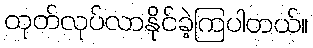
ထုတ်လုပ်လာနိုင်ခဲ့ကြပါတယ်။